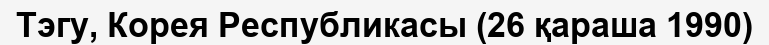
Тэгу, Корея Республикасы (26 қараша 1990)